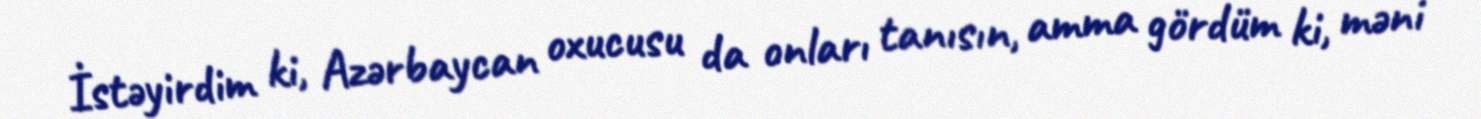
İstəyirdim ki, Azərbaycan oxucusu da onları tanısın, amma gördüm ki, məni